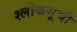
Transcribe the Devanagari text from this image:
श्लोकसूची